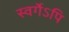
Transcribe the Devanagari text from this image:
स्वर्गेऽपि